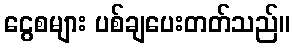
ငွေစများ ပစ်ချပေးတတ်သည်။